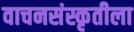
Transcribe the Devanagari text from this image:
वाचनसंस्कृतीला